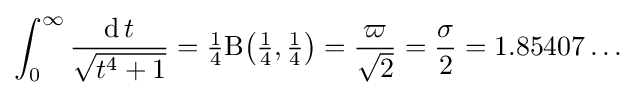
\int _{0}^{\infty }{\frac {\operatorname {d} t}{\sqrt {t^{4}+1}}}={\tfrac {1}{4}}\mathrm {B} {\bigl (}{\tfrac {1}{4}},{\tfrac {1}{4}}{\bigr )}={\frac {\varpi }{\sqrt {2}}}={\frac {\sigma }{2}}=1.85407\ldots